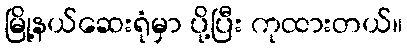
မြို့နယ်ဆေးရုံမှာ ပို့ပြီး ကုထားတယ်။